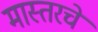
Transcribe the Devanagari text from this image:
मास्तरचे